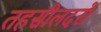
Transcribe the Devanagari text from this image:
तहसीलदरों